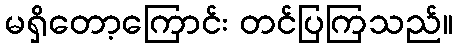
မရှိတော့ကြောင်း တင်ပြကြသည်။